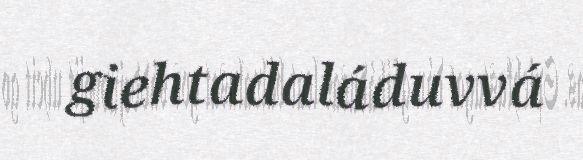
giehtadaláduvvá